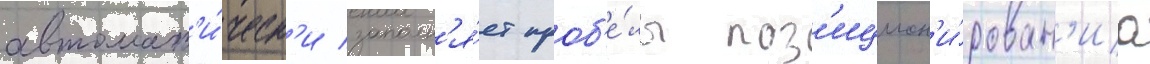
автомат'и́ческ'и заполн'я́ет проб'е́лы поз'ицион'и́рован'иа